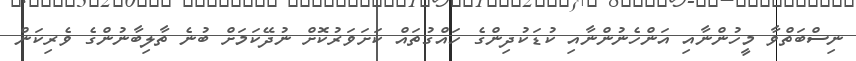
ނިސްބަތްވާ މީހުންނާއި އަންހެނުންނާއި ކުޑަކުދިންގެ ހައްގުތައް ކަށަވަރުކޮށް ނުދޭކަމަށް ބުނެ ތާލިބާނުންގެ ވެރިކަން